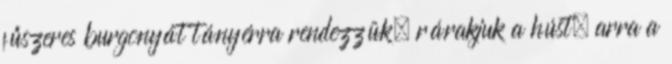
fűszeres burgonyát tányérra rendezzük, rárakjuk a húst, arra a